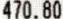
470.80